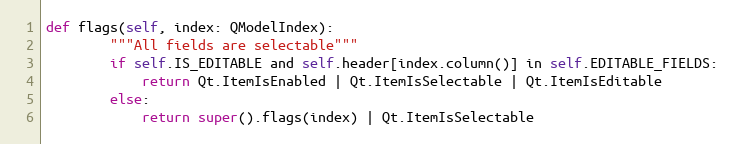
Language: Python
def flags(self, index: QModelIndex):
        """All fields are selectable"""
        if self.IS_EDITABLE and self.header[index.column()] in self.EDITABLE_FIELDS:
            return Qt.ItemIsEnabled | Qt.ItemIsSelectable | Qt.ItemIsEditable
        else:
            return super().flags(index) | Qt.ItemIsSelectable